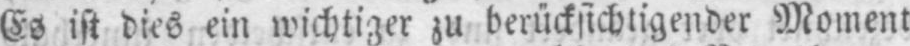
Es ist dies ein wichtiger zu berücksichtigender Moment